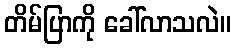
တိမ်ပြာကို ခေါ်လာသလဲ။